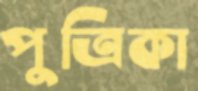
পুত্রিকা